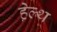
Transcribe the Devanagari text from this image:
हे़ल्थ